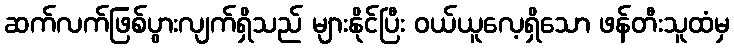
ဆက်လက်ဖြစ်ပွားလျက်ရှိသည် များနိုင်ပြီး ဝယ်ယူလေ့ရှိသော ဖန်တီးသူထံမှ